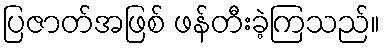
ပြဇာတ်အဖြစ် ဖန်တီးခဲ့ကြသည်။